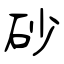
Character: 砂